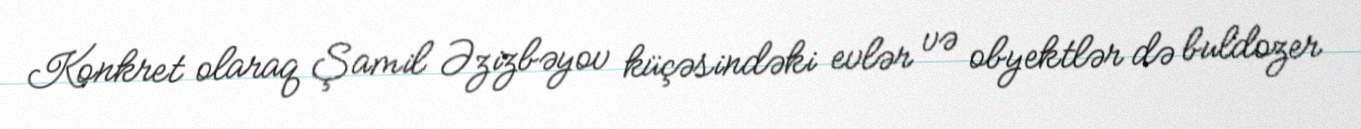
Konkret olaraq Şamil Əzizbəyov küçəsindəki evlər və obyektlər də buldozer